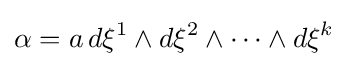
\alpha =a\,d\xi ^{1}\wedge d\xi ^{2}\wedge \dots \wedge d\xi ^{k}